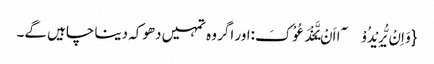
{وَ اِنْ یُّرِیْدُوْۤا اَنْ یَّخْدَعُوْکَ:اور اگر وہ تمہیں دھوکہ دینا چاہیں گے۔